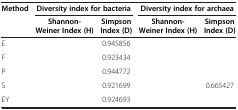
<table><thead><tr><td><b>Method</b></td><td colspan="2"><b>Diversity index for bacteria</b></td><td colspan="2"><b>Diversity index for archaea</b></td></tr><tr><td>[EMPTY_CELL]</td><td><b>Shannon- Weiner Index (H)</b></td><td><b>Simpson Index (D)</b></td><td><b>Shannon- Weiner Index (H)</b></td><td><b>Simpson Index (D)</b></td></tr></thead><tbody><tr><td>E</td><td>[EMPTY_CELL]</td><td>0.945856</td><td>[EMPTY_CELL]</td><td>[EMPTY_CELL]</td></tr><tr><td>F</td><td>[EMPTY_CELL]</td><td>0.923434</td><td>[EMPTY_CELL]</td><td>[EMPTY_CELL]</td></tr><tr><td>P</td><td>[EMPTY_CELL]</td><td>0.944772</td><td>[EMPTY_CELL]</td><td>[EMPTY_CELL]</td></tr><tr><td>S</td><td>[EMPTY_CELL]</td><td>0.921699</td><td>[EMPTY_CELL]</td><td>0.665427</td></tr><tr><td>EY</td><td>[EMPTY_CELL]</td><td>0.924693</td><td>[EMPTY_CELL]</td><td>[EMPTY_CELL]</td></tr></tbody></table>